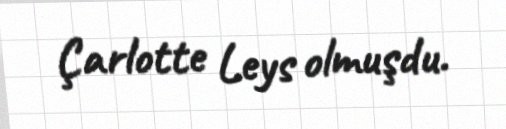
Çarlotte Leys olmuşdu.